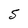
Character: 5